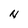
Character: N